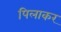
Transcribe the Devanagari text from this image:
पिलाकर